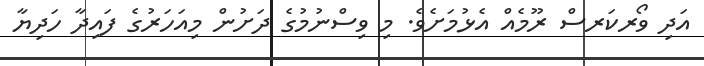
އަދި ވޯރކަރސް ރޫމެއް އެޅުމަށެވެ. މި ވިސްނުމުގެ ދަށުން މިއަހަރުގެ ފައިދާ ހަދިޔާ